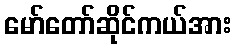
မော်တော်ဆိုင်ကယ်အား